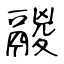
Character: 鬷